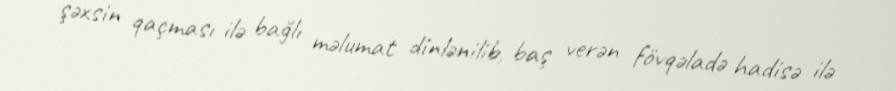
şəxsin qaçması ilə bağlı məlumat dinlənilib, baş verən fövqəladə hadisə ilə